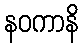
နဝကာနိ